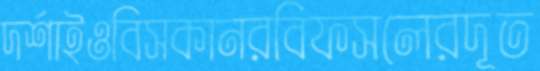
দর্শাইওবিসকানরবিফসলেরদূত